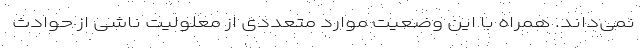
نمی‌داند. همراه با این وضعیت موارد متعددی از معلولیت ناشی از حوادث